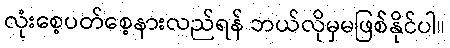
လုံးစေ့ပတ်စေ့နားလည်ရန် ဘယ်လိုမှမဖြစ်နိုင်ပါ။